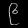
Digit: ၉